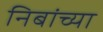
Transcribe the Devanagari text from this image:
निबांच्या